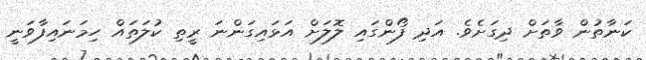
ކަނާތުން ވާތަށް ދިގަށެވެ. އަދި ފޯންގައި ލޮލަށް އަޅައިގަންނަ ރީތި ކުލަތައް ހިމަނައިފާވަނީ